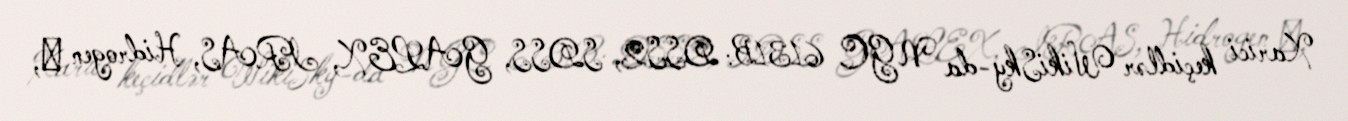
Xarici keçidlər WikiSky-da NGC 6131B: DSS2, SDSS, GALEX, IRAS, Hidrogen α,